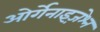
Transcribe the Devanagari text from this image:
ओर्गेनाइज़ेश्न